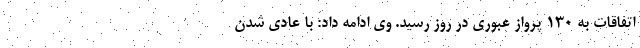
اتفاقات به 130 پرواز عبوری در روز رسید. وی ادامه داد: با عادی شدن